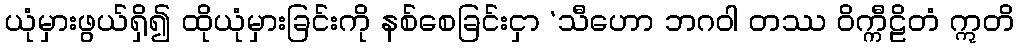
ယုံမှားဖွယ်ရှိ၍ ထိုယုံမှားခြင်းကို နစ်စေခြင်းငှာ ‘သီဟော ဘဂဝါ တဿ ဝိက္ကီဠိတံ ဣတိ